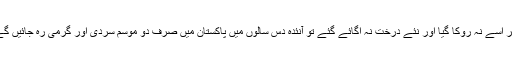
اگر اسے نہ روکا گیا اور نئے درخت نہ اُگائے گئے تو آنئدہ دس سالوں میں پاکستان میں صرف دو موسم سردی اور گرمی رہ جائیں گے۔